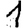
Digit: 1